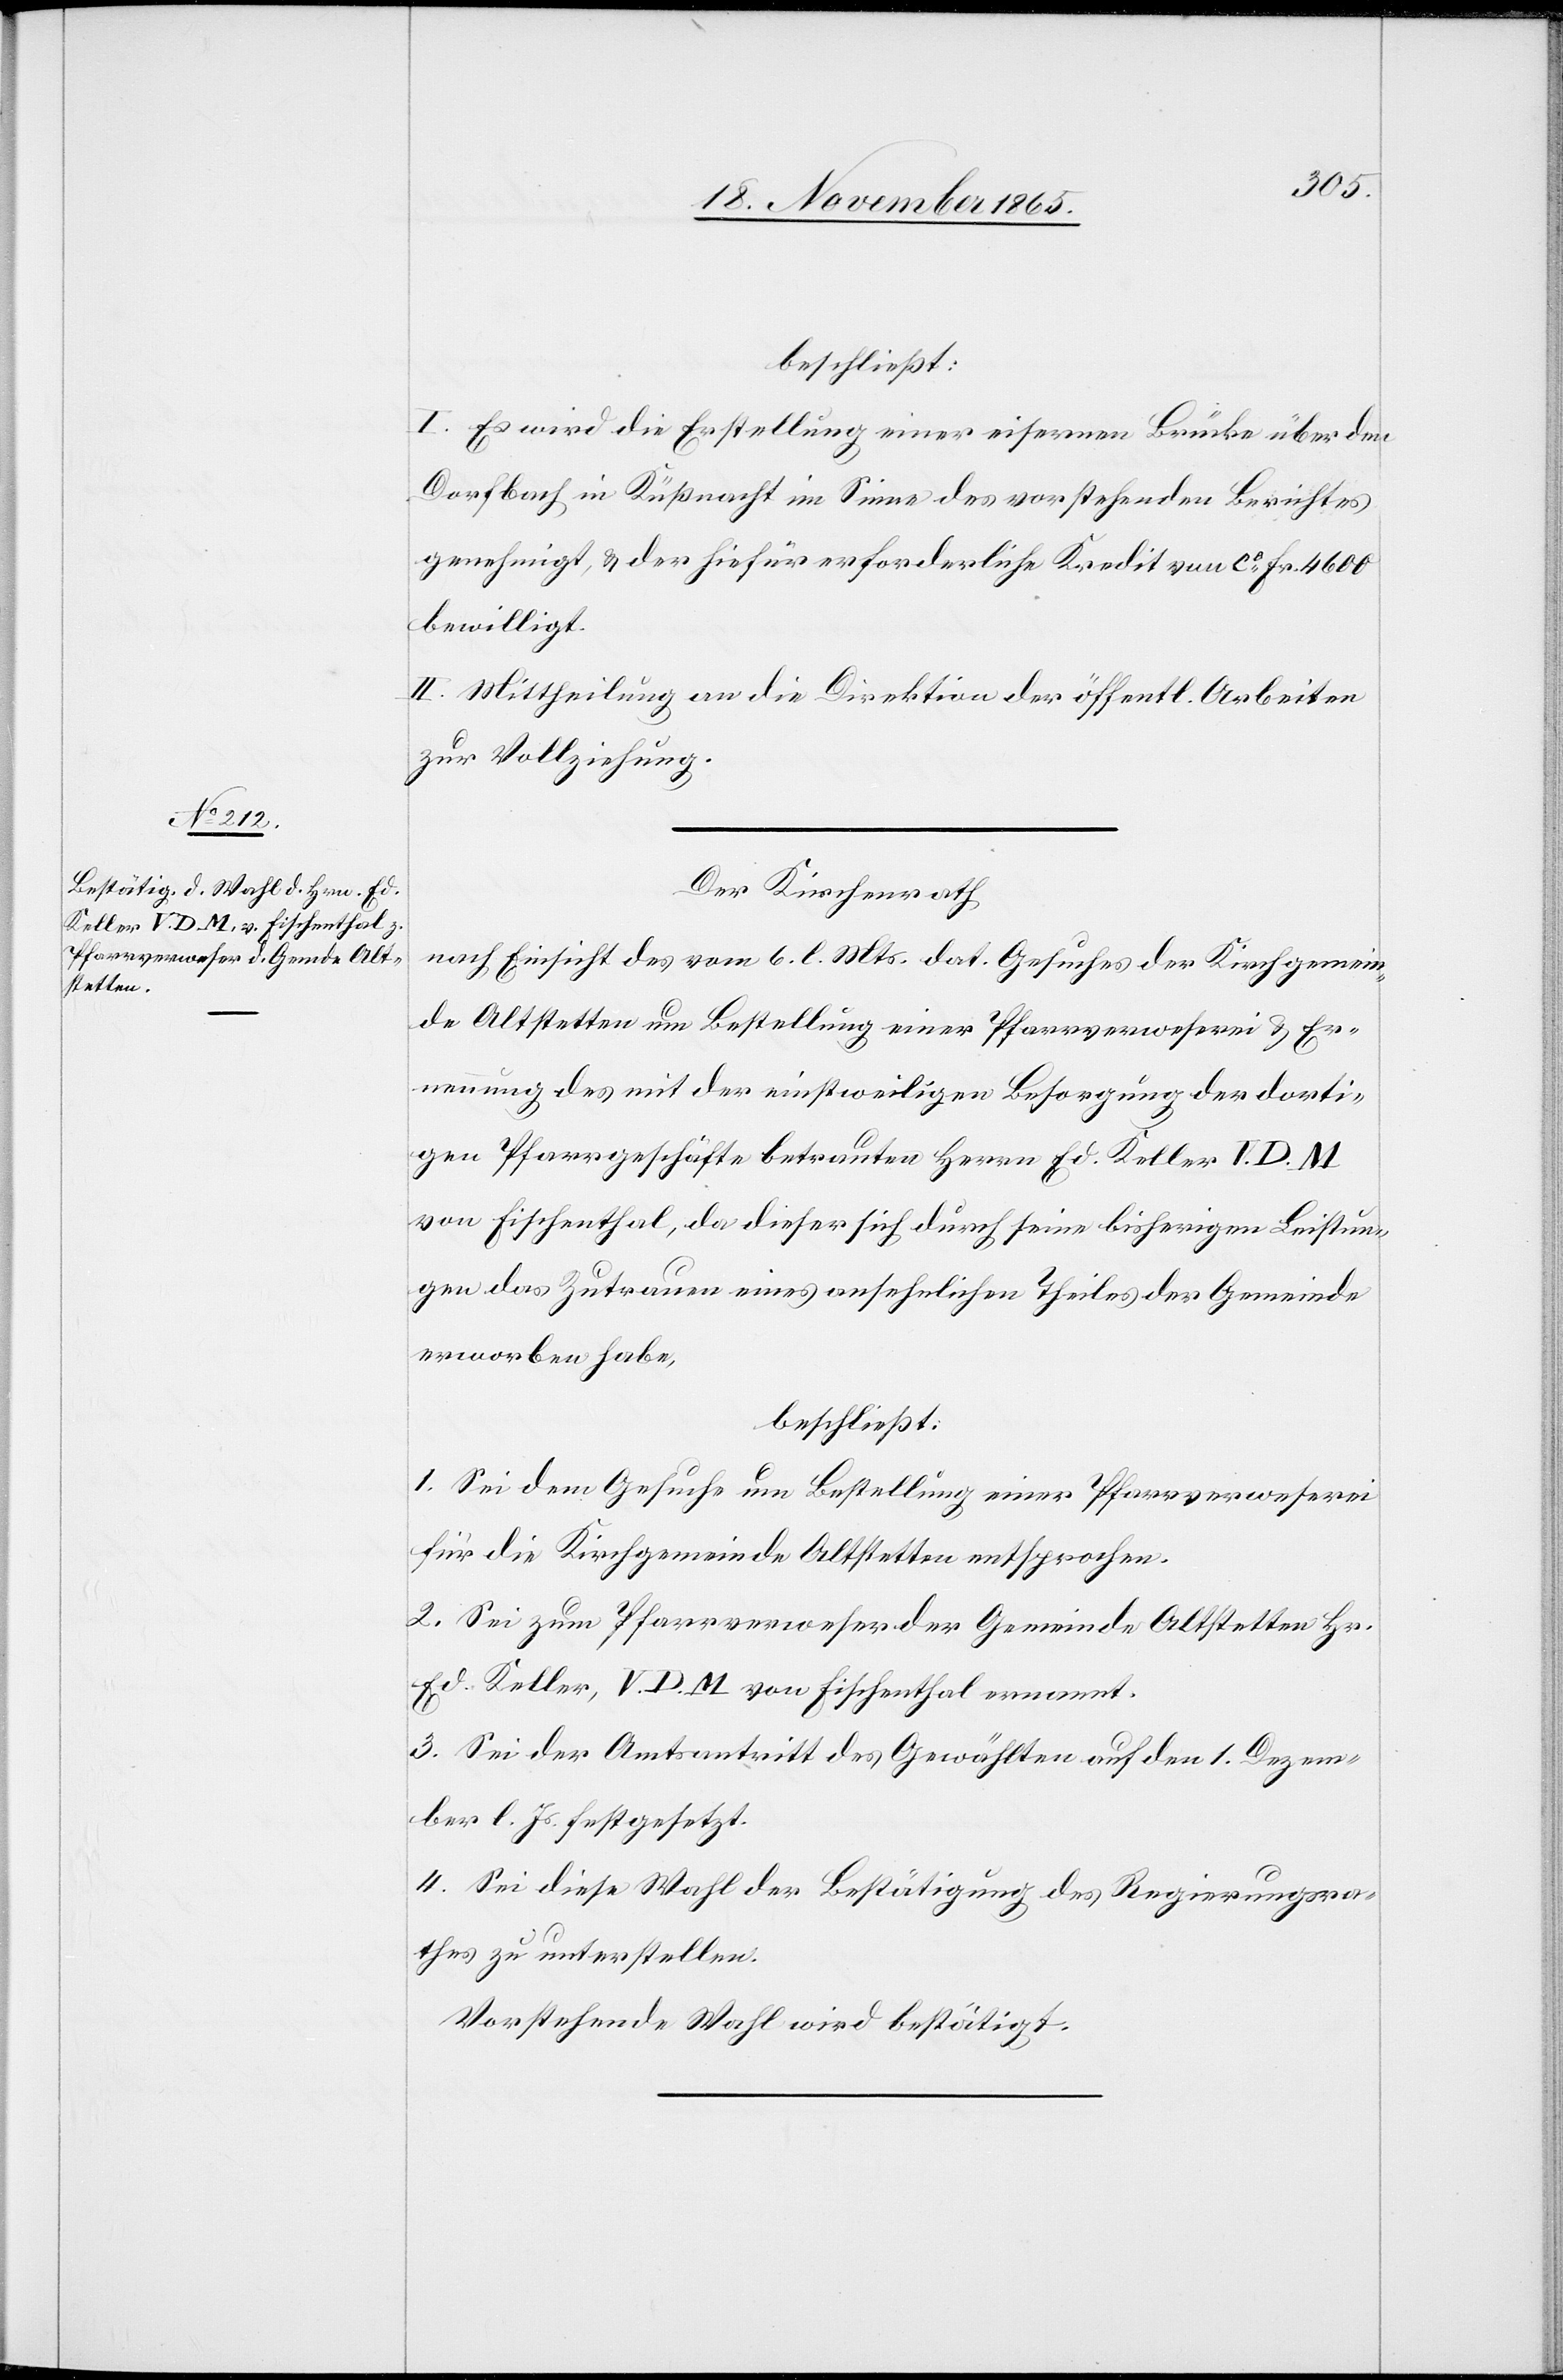
beschließt:
I. Es wird die Erstellung einer eisernen Brücke über den
Dorfbach in Küßnacht im Sinne des vorstehenden Berichtes
genehmigt, & der hiefür erforderliche Kredit von ca Fr. 4600
bewilligt.
II. Mittheilung an die Direktion der öffentl. Arbeiten
zur Vollziehung.
Der Kirchenrath
nach Einsicht des vom 6. l. Mts. dat. Gesuches der Kirchgemein¬
de Altstetten um Bestellung einer Pfarrverweserei & Er¬
nennung des mit der einstweiligen Besorgung der dorti¬
gen Pfarrgeschäfte betrauten Herrn Ed. Keller V. D. M.
von Fischenthal, da dieser sich durch seine bisherigen Leistun¬
gen das Zutrauen eines ansehnlichen Theils der Gemeinde
erworben habe,
beschließt:
1. Sei dem Gesuche um Bestellung einer Pfarrverweserei
für die Kirchgemeinde Altstetten entsprochen.
2. Sei zum Pfarrverweser der Gemeinde Altstetten Hr.
Ed. Keller, V. D. M. von Fischenthal ernannt.
3. Sei der Amtsantritt des Gewählten auf den 1. Dezem¬
ber l. Js. festgesetzt.
4. Sei diese Wahl der Bestätigung des Regierungsra¬
thes zu unterstellen.
Vorstehende Wahl wird bestätigt.